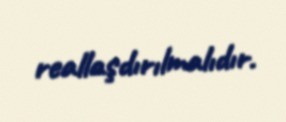
reallaşdırılmalıdır.